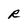
Character: R